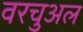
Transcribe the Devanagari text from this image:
वरचुअल